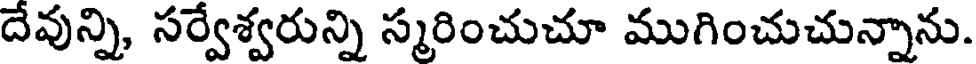
దేవున్ని, సర్వేశ్వరున్ని స్మరించుచూ ముగించుచున్నాను.